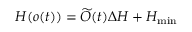
H ( o ( t ) ) = \widetilde { O } ( t ) \Delta H + H _ { \operatorname* { m i n } }